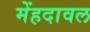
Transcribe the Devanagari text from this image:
मेंहदावल